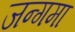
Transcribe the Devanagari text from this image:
जन्गमा